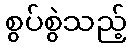
စွပ်စွဲသည့်